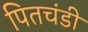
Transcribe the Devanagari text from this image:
पितचंडी